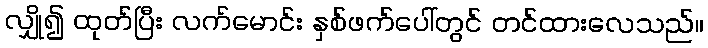
လျှို၍ ထုတ်ပြီး လက်မောင်း နှစ်ဖက်ပေါ်တွင် တင်ထားလေသည်။